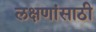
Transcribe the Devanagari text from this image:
लक्षणांसाठी